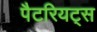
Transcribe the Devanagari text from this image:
पैटरियट्स